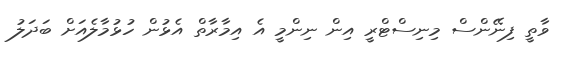
ވާތީ ފިނޭންސް މިނިސްޓްރީ އިން ނިންމީ އެ އިމާރާތް އެޅުން ހުޅުމާލެއަށް ބަދަލު